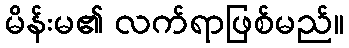
မိန်းမ၏ လက်ရာဖြစ်မည်။